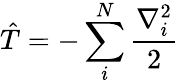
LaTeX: \hat{T}=-\sum_{i}^{N}\frac{\nabla_{i}^{2}}{2}